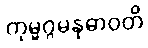
ကုမ္မဂ္ဂမနုဓာဝတိ